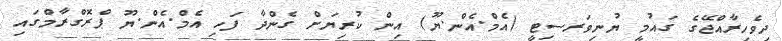
ދިވެހިރާއްޖޭގެ ގައުމީ ޔުނިވަރސިޓީ (އެމް.އެން.ޔޫ) އިން ކުރިޔަށް ގެންދާ ފަހި އެމް.އެން.ޔޫ ޕްރޮގްރާމްގައި